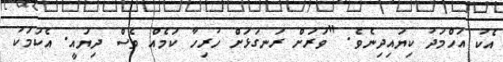
އެކު އަހްމަދު ކިޔައިދިނެވެ. "ވަރަށް ރަނގަޅަށް ހުރިހާ ކަމެއް ވެސް ދިޔައީ. އެކަމަކު